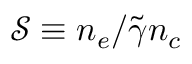
\mathcal { S } \equiv n _ { e } / \tilde { \gamma } n _ { c }